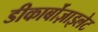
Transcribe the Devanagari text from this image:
डीकार्बोज़ाइलेट